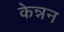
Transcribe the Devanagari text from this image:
केन्नन